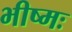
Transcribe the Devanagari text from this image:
भीष्मः